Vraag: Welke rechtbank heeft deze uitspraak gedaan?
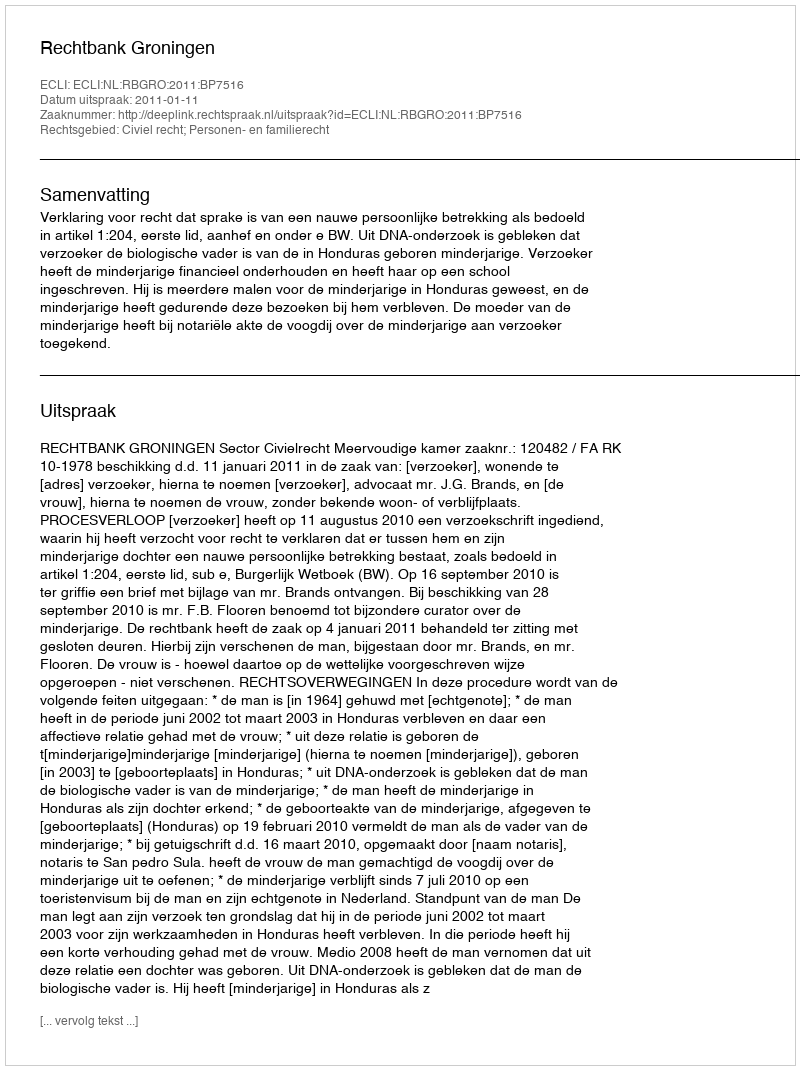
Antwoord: Rechtbank Groningen